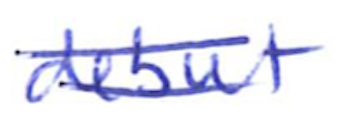
Text: debut
Cross-out: double-line
Writing tool: ballpoint